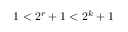
1 < 2 ^ { r } + 1 < 2 ^ { k } + 1